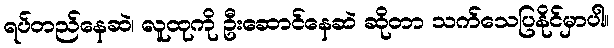
ရပ်တည်နေဆဲ၊ လူထုကို ဦးဆောင်နေဆဲ ဆိုတာ သက်သေပြနိုင်မှာပါ။